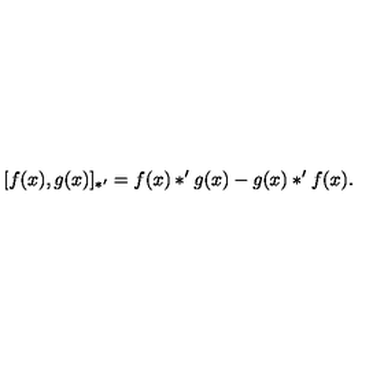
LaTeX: [ f ( x ) , g ( x ) ] _ { \ast ^ { \prime } } = f ( x ) * ^ { \prime } g ( x ) - g ( x ) * ^ { \prime } f ( x ) .